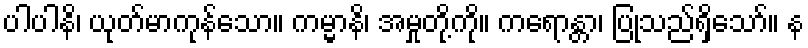
ပါပါနိ၊ ယုတ်မာကုန်သော။ ကမ္မာနိ၊ အမှုတို့ကို။ ကရောန္တာ၊ ပြုသည်ရှိသော်။ န